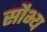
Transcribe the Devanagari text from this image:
सौभ्य